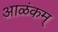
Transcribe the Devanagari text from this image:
आळंकम्